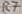
Text: R7